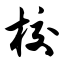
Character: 校